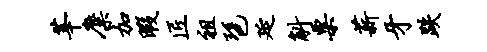
莘麋加暇匠祖琶延斛粟薪牙跌